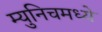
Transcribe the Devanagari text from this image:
म्युनिचमध्ये